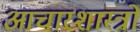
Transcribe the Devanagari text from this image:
आचारशास्त्रों